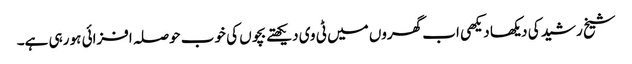
شیخ رشید کی دیکھا دیکھی اب گھروں میں ٹی وی دیکھتے بچوں کی خوب حوصلہ افزائی ہو رہی ہے۔